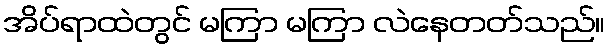
အိပ်ရာထဲတွင် မကြာ မကြာ လဲနေတတ်သည်။